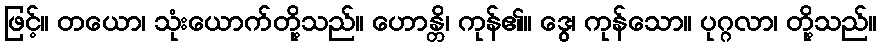
ဖြင့်။ တယော၊ သုံးယောက်တို့သည်။ ဟောန္တိ၊ ကုန်၏။ ဒွေ၊ ကုန်သော။ ပုဂ္ဂလာ၊ တို့သည်။